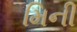
મિની